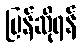
ပြန်ဆိုရန်